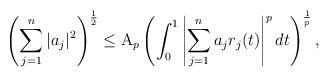
LaTeX: \begin{align*}\left( \sum_{j=1}^{n}|a_{j}|^{2}\right) ^{\frac{1}{2}}\leq\mathrm{A}_{p}\left( \int_{0}^{1}\left\vert \sum_{j=1}^{n}a_{j}r_{j}(t)\right\vert^{p}dt\right) ^{\frac{1}{p}}, \end{align*}